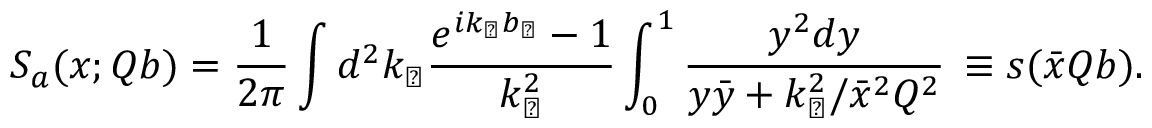
S _ { a } ( x ; Q b ) = \frac { 1 } { 2 \pi } \int d ^ { 2 } k _ { \perp } { \frac { e ^ { i k _ { \perp } b _ { \perp } } - 1 } { k _ { \perp } ^ { 2 } } } \int _ { 0 } ^ { 1 } { \frac { y ^ { 2 } d y } { y \bar { y } + k _ { \perp } ^ { 2 } / { \bar { x } } ^ { 2 } Q ^ { 2 } } } \, \equiv s ( \bar { x } Q b ) .